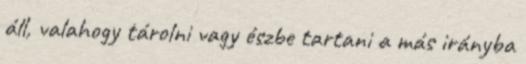
áll, valahogy tárolni vagy észbe tartani a más irányba